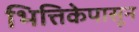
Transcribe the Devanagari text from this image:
भित्तिकेपासून